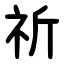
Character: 祈